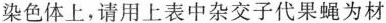
染色体上，请用上表中杂交子代果蝇为材